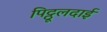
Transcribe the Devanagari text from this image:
पिट्ठूलदाई